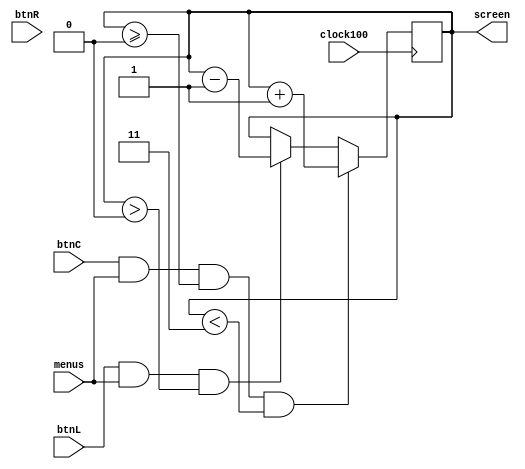
`timescale 1ns / 1ps
//////////////////////////////////////////////////////////////////////////////////
// Company: 
// Engineer: 
// 
// Design Name: 
// Module Name: screenControl
// Project Name: 
// Target Devices: 
// Tool Versions: 
// Description: 
// 
// Dependencies: 
// 
// Revision:
// Revision 0.01 - File Created
// Additional Comments:
// 
//////////////////////////////////////////////////////////////////////////////////


module screenControl(input clock100, btnC, btnL, btnR, menus, output reg [2:0] screen = 0);

    always @(posedge clock100) begin
    
        if (btnC == 1 && menus && screen >= 0 && screen < 3) screen <= screen + 1;
        else if (btnL == 1 && menus && screen > 0) screen <= screen - 1;
        else screen <= screen;        
    
    end

endmodule